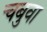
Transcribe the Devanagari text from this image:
चबुवा